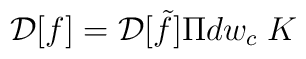
{\cal D}[f]= {\cal D}[\tilde f]\Pi dw_c \; K